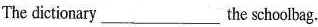
The dictionary ___ the schoolbag.